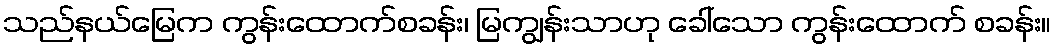
သည်နယ်မြေက ကွန်းထောက်စခန်း၊ မြကျွန်းသာဟု ခေါ်သော ကွန်းထောက် စခန်း။